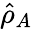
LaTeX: \hat{\rho}_{A}